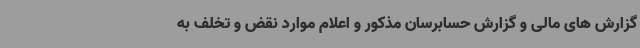
گزارش های مالی و گزارش حسابرسان مذکور و اعلام موارد نقض و تخلف به